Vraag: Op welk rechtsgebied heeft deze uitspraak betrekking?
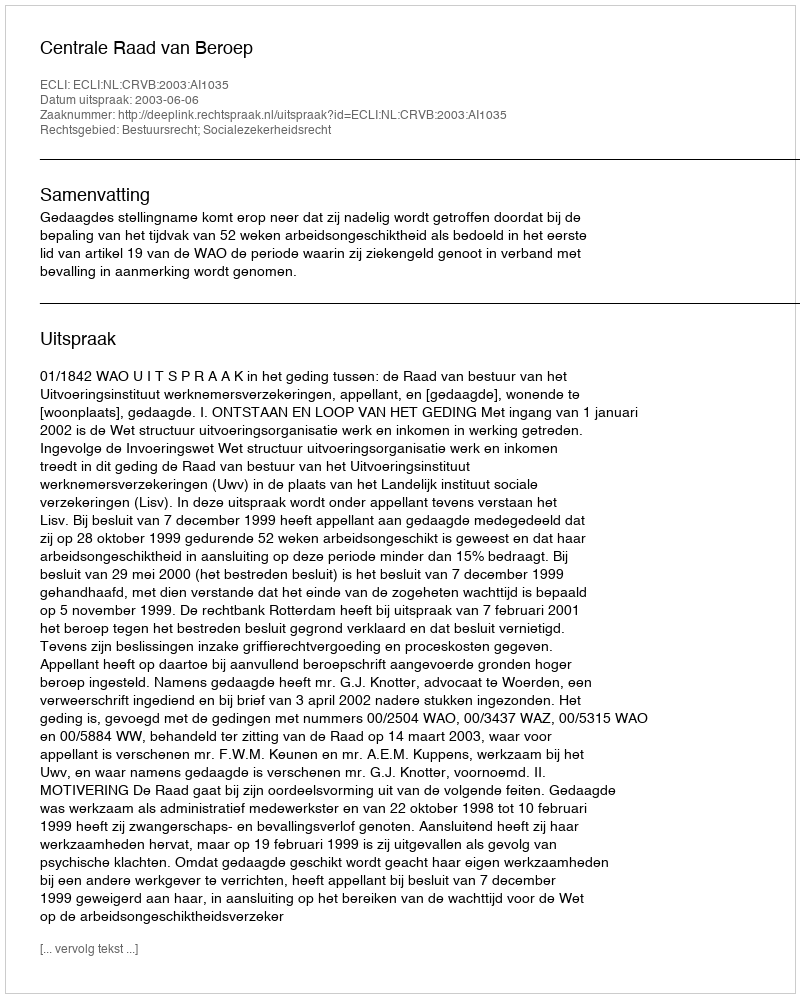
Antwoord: Bestuursrecht; Socialezekerheidsrecht